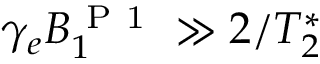
\gamma _ { e } B _ { 1 } ^ { \mathrm { ~ P ~ 1 ~ } } \gg 2 / T _ { 2 } ^ { * }